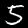
Digit: 5